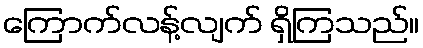
ကြောက်လန့်လျက် ရှိကြသည်။